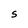
Character: S